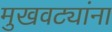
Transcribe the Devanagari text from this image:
मुखवट्यांना